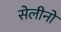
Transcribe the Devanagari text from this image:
सेलीनो